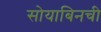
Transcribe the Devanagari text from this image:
सोयाबिनची